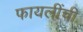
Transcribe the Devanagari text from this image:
फायलींची